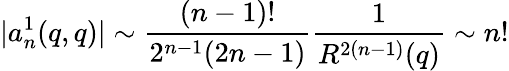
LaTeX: |a_{n}^{1}(q,q)|\sim\frac{(n-1)!}{2^{n-1}(2n-1)}\frac{1}{R^{2(n-1)}(q)}\sim n!